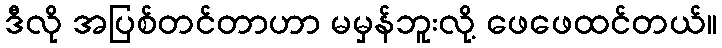
ဒီလို အပြစ်တင်တာဟာ မမှန်ဘူးလို့ ဖေဖေထင်တယ်။